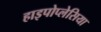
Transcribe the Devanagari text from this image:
हाइपोप्लेसिया